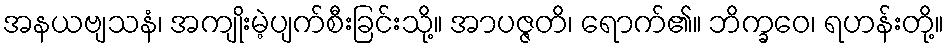
အနယဗျသနံ၊ အကျိုးမဲ့ပျက်စီးခြင်းသို့။ အာပဇ္ဇတိ၊ ရောက်၏။ ဘိက္ခဝေ၊ ရဟန်းတို့။